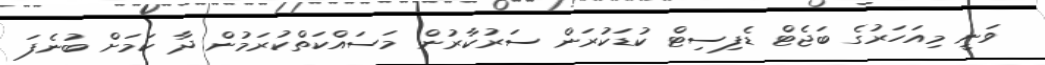
ވަނީ މިއަހަރުގެ ބަޖެޓް ޑެފިސިޓް ކުޑަކުރަން ސަރުކާރުން މަސައްކަތްކުރަމުން ދާ ކަމަށް ބުނެފަ